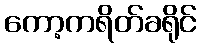
ကော့ကရိတ်ခရိုင်